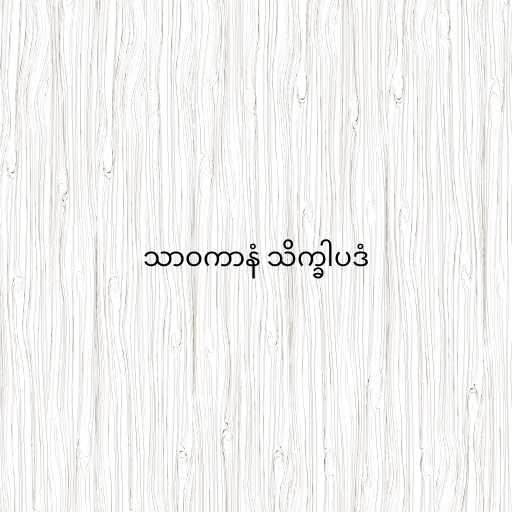
သာဝကာနံ သိက္ခါပဒံ